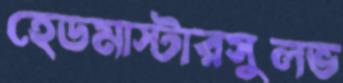
হেডমাস্টারসুলভ